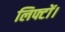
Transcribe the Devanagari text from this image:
लिफ्टों।